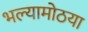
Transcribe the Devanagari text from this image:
भल्यामोठया